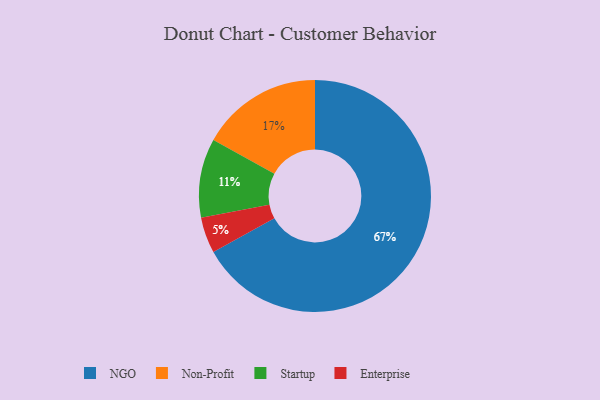
{"axis": {"x": "Category", "y": "Percentage"}, "legend": ["Enterprise", "NGO", "Non-Profit", "Startup"], "data": [{"x": "Startup", "y": 11, "type": "Startup"}, {"x": "Non-Profit", "y": 17, "type": "Non-Profit"}, {"x": "NGO", "y": 67, "type": "NGO"}, {"x": "Enterprise", "y": 5, "type": "Enterprise"}]}